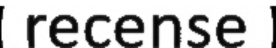
recense